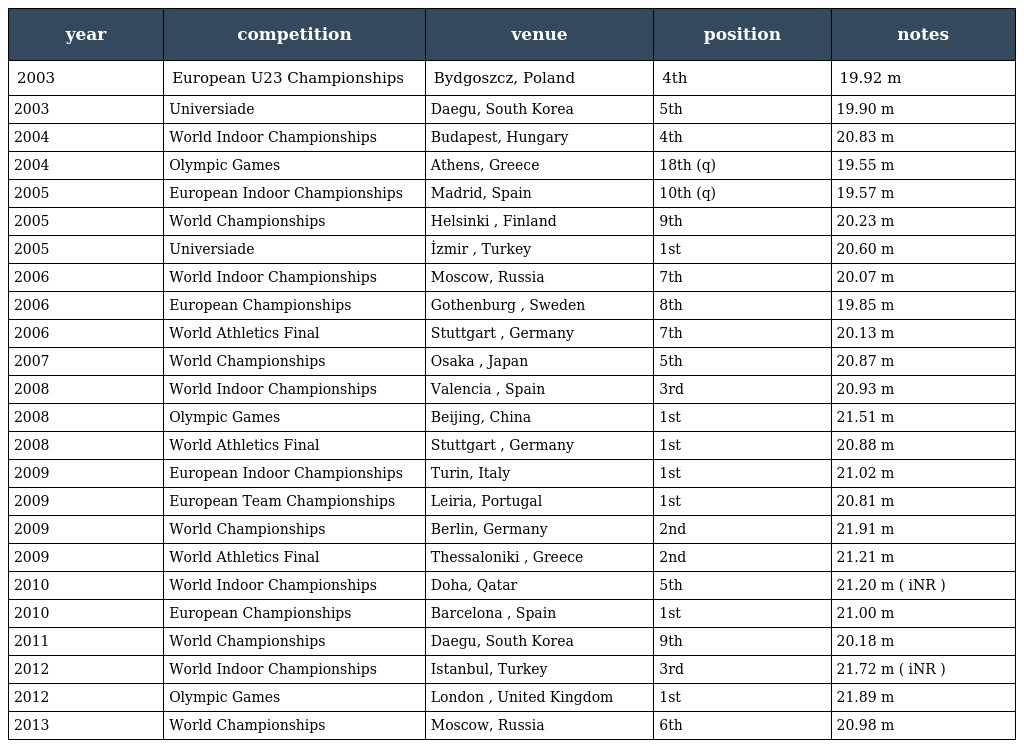
| year | competition | venue | position | notes |
 | --- | --- | --- | --- | --- |
 | 2003 | European U23 Championships | Bydgoszcz, Poland | 4th | 19.92 m |
 | 2003 | Universiade | Daegu, South Korea | 5th | 19.90 m |
 | 2004 | World Indoor Championships | Budapest, Hungary | 4th | 20.83 m |
 | 2004 | Olympic Games | Athens, Greece | 18th (q) | 19.55 m |
 | 2005 | European Indoor Championships | Madrid, Spain | 10th (q) | 19.57 m |
 | 2005 | World Championships | Helsinki , Finland | 9th | 20.23 m |
 | 2005 | Universiade | İzmir , Turkey | 1st | 20.60 m |
 | 2006 | World Indoor Championships | Moscow, Russia | 7th | 20.07 m |
 | 2006 | European Championships | Gothenburg , Sweden | 8th | 19.85 m |
 | 2006 | World Athletics Final | Stuttgart , Germany | 7th | 20.13 m |
 | 2007 | World Championships | Osaka , Japan | 5th | 20.87 m |
 | 2008 | World Indoor Championships | Valencia , Spain | 3rd | 20.93 m |
 | 2008 | Olympic Games | Beijing, China | 1st | 21.51 m |
 | 2008 | World Athletics Final | Stuttgart , Germany | 1st | 20.88 m |
 | 2009 | European Indoor Championships | Turin, Italy | 1st | 21.02 m |
 | 2009 | European Team Championships | Leiria, Portugal | 1st | 20.81 m |
 | 2009 | World Championships | Berlin, Germany | 2nd | 21.91 m |
 | 2009 | World Athletics Final | Thessaloniki , Greece | 2nd | 21.21 m |
 | 2010 | World Indoor Championships | Doha, Qatar | 5th | 21.20 m ( iNR ) |
 | 2010 | European Championships | Barcelona , Spain | 1st | 21.00 m |
 | 2011 | World Championships | Daegu, South Korea | 9th | 20.18 m |
 | 2012 | World Indoor Championships | Istanbul, Turkey | 3rd | 21.72 m ( iNR ) |
 | 2012 | Olympic Games | London , United Kingdom | 1st | 21.89 m |
 | 2013 | World Championships | Moscow, Russia | 6th | 20.98 m |